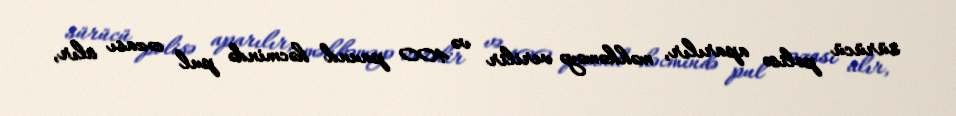
sürücü polisə aparılır, məhkəməyə verilir və 400 paund həcmində pul cəzası alır,